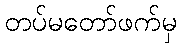
တပ်မတော်ဖက်မှ